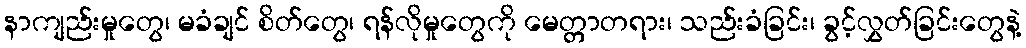
နာကျည်းမှုတွေ၊ မခံချင် စိတ်တွေ၊ ရန်လိုမှုတွေကို မေတ္တာတရား၊ သည်းခံခြင်း၊ ခွင့်လွှတ်ခြင်းတွေနဲ့